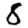
Digit: 5